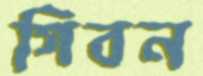
গিবন